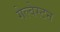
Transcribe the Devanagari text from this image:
गेल्‍वेस्‍टन